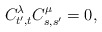
\begin{align*} C_{t',t}^{\lambda}C_{s,s'}^{\mu}=0, \end{align*}